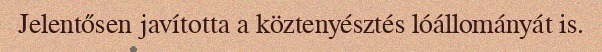
Jelentősen javította a köztenyésztés lóállományát is.